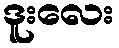
ဒူးလေး